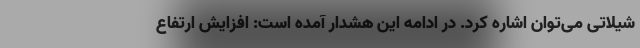
شیلاتی می‌توان اشاره کرد. در ادامه این هشدار آمده است: افزایش ارتفاع